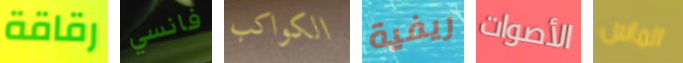
رقاقة فانسي الكواكب ريفية الأصوات الماس